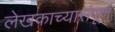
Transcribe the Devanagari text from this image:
लेखकाच्यासंपूर्ण